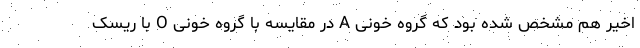
اخیر هم مشخص شده بود که گروه خونی A در مقایسه با گروه خونی O با ریسک